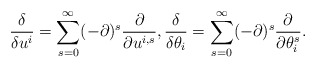
\begin{align*}\frac{\delta}{\delta u^i} =\sum_{s=0}^\infty (-\partial)^s \frac{\partial}{\partial u^{i,s}}, \frac{\delta}{\delta \theta_i}=\sum_{s=0}^\infty (-\partial)^s \frac{\partial}{\partial \theta_i^s}.\end{align*}